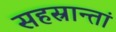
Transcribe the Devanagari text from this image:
सहस्रान्तां